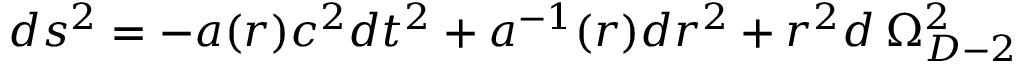
d s ^ { 2 } = - a ( r ) c ^ { 2 } d t ^ { 2 } + a ^ { - 1 } ( r ) d r ^ { 2 } + r ^ { 2 } d \: \Omega _ { D - 2 } ^ { 2 }